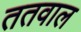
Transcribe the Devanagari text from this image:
ततवाल